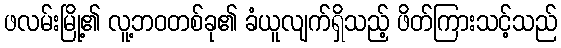
ဖလမ်းမြို့၏ လူ့ဘဝတစ်ခု၏ ခံယူလျက်ရှိသည့် ဖိတ်ကြားသင့်သည်